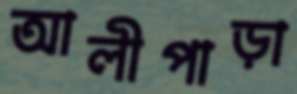
আলীপাড়া